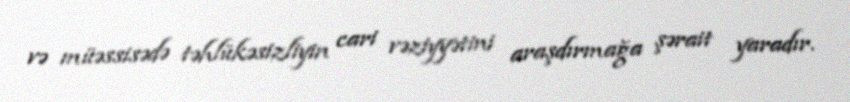
və müəssisədə təhlükəsizliyin cari vəziyyətini araşdırmağa şərait yaradır.